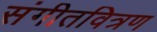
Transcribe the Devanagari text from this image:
संगीतवित्रण